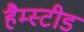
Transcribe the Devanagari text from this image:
हैम्स्टीड